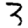
Digit: 3